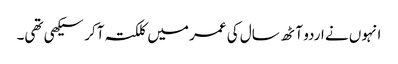
انہوں نے اردو آٹھ سال کی عمر میں کلکتہ آکر سیکھی تھی۔